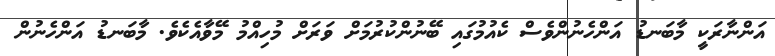
އަންނާރަކީ މާބަނޑު އަންހެނުންވެސް ކެއުމުގައި ބޭނުންކުރުމަށް ވަރަށް މުހިއްމު މޭވާއެކެވެ. މާބަނޑު އަންހެނުން